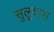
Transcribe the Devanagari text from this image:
सुलुवास